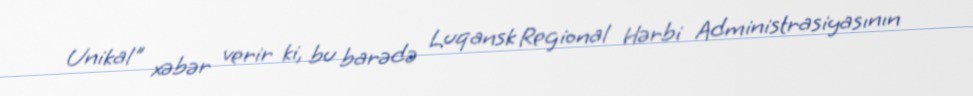
Unikal" xəbər verir ki, bu barədə Luqansk Regional Hərbi Administrasiyasının